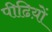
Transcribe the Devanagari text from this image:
पीढिय़ों